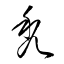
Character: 禿